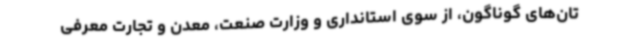
تان‌های گوناگون، از سوی استانداری و وزارت صنعت، معدن و تجارت معرفی